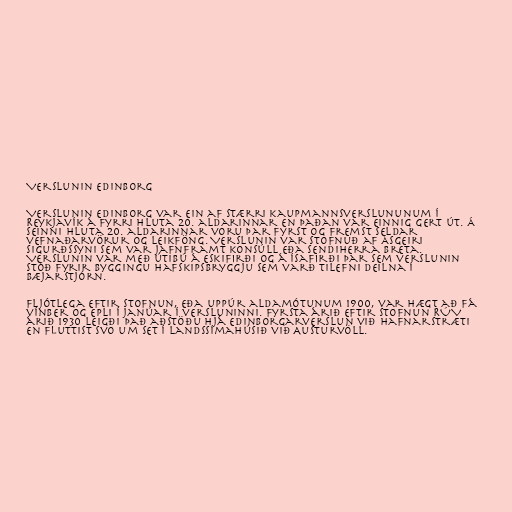
Verslunin Edinborg

Verslunin Edinborg var ein af stærri kaupmannsverslununum í
Reykjavík á fyrri hluta 20. aldarinnar en þaðan var einnig gert út. Á
seinni hluta 20. aldarinnar voru þar fyrst og fremst seldar
vefnaðarvörur og leikföng. Verslunin var stofnuð af Ásgeiri
Sigurðssyni sem var jafnframt konsúll eða sendiherra Breta.
Verslunin var með útibú á Eskifirði og á Ísafirði þar sem verslunin
stóð fyrir byggingu hafskipsbryggju sem varð tilefni deilna í
bæjarstjórn.

Fljótlega eftir stofnun, eða uppúr aldamótunum 1900, var hægt að fá
vínber og epli í janúar í versluninni. Fyrsta árið eftir stofnun RÚV
árið 1930 leigði það aðstöðu hjá Edinborgarverslun við Hafnarstræti
en fluttist svo um set í Landssímahúsið við Austurvöll.